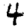
Digit: 4